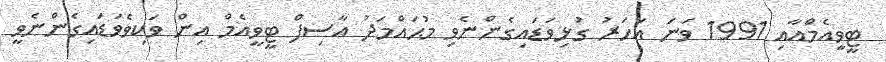
ޓީވީއެމްއާއި 1991 ވަނަ އަހަރު ގުޅިވަޑައިގެންނެވި މުޙައްމަދު އާސިފް ޓީވީއެމް އިން ވަކިވެވަޑައިގެންނެވީ